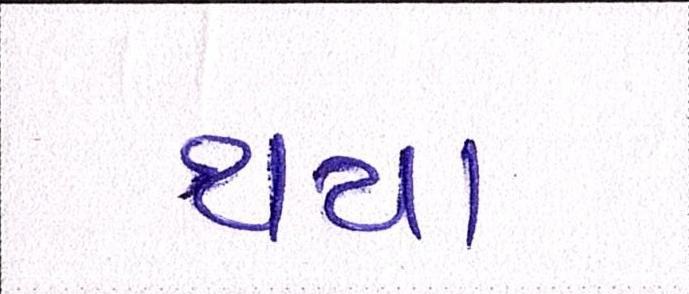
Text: થયા